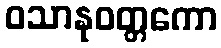
ဝသာနုဝတ္တကော